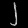
Digit: ၂